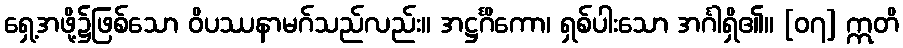
ရှေ့အဖို့၌ဖြစ်သော ဝိပဿနာမဂ်သည်လည်း။ အဋ္ဌင်္ဂိကော၊ ရှစ်ပါးသော အင်္ဂါရှိ၏။ [၀၇] ဣတိ